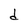
Character: d